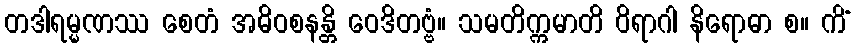
တဒါရမ္မဏဿ စေတံ အဓိဝစနန္တိ ဝေဒိတဗ္ဗံ။ သမတိက္ကမာတိ ဝိရာဂါ နိရောဓာ စ။ ကိံ